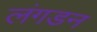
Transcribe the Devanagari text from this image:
लंगडन